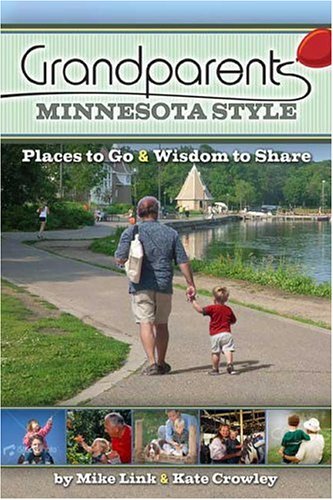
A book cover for Grandparents Minnesota Style: Places to Go And Wisdom to Share; Mike Link; Parenting & Relationships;